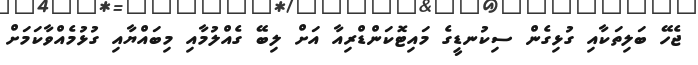
ޖެހޭ ބަލިތަކާއި ގުޅިގެން ސިކުނޑީގެ މައިޓޮކަންޑްރިއާ އަށް ލިބޭ ގެއްލުމާއި މިބައްޔާއި ގުޅުމެއްވާކަމަށް